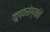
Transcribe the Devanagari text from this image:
कुष्ठरोग्यांचे